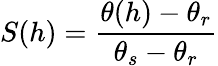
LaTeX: S(h)=\frac{\theta(h)-\theta_{r}}{\theta_{s}-\theta_{r}}